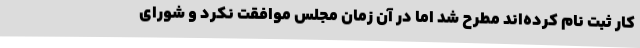
کار ثبت نام کرده‌اند مطرح شد اما در آن زمان مجلس موافقت نکرد و شورای